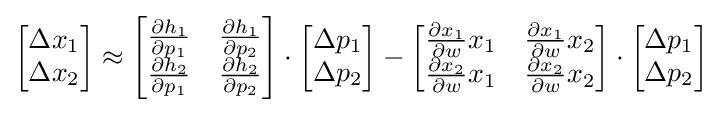
{\begin{bmatrix}\Delta x_{1}\\\Delta x_{2}\end{bmatrix}}\approx {\begin{bmatrix}{\frac {\partial h_{1}}{\partial p_{1}}}&{\frac {\partial h_{1}}{\partial p_{2}}}\\{\frac {\partial h_{2}}{\partial p_{1}}}&{\frac {\partial h_{2}}{\partial p_{2}}}\\\end{bmatrix}}\cdot {\begin{bmatrix}\Delta p_{1}\\\Delta p_{2}\end{bmatrix}}-{\begin{bmatrix}{\frac {\partial x_{1}}{\partial w}}x_{1}&{\frac {\partial x_{1}}{\partial w}}x_{2}\\{\frac {\partial x_{2}}{\partial w}}x_{1}&{\frac {\partial x_{2}}{\partial w}}x_{2}\\\end{bmatrix}}\cdot {\begin{bmatrix}\Delta p_{1}\\\Delta p_{2}\end{bmatrix}}